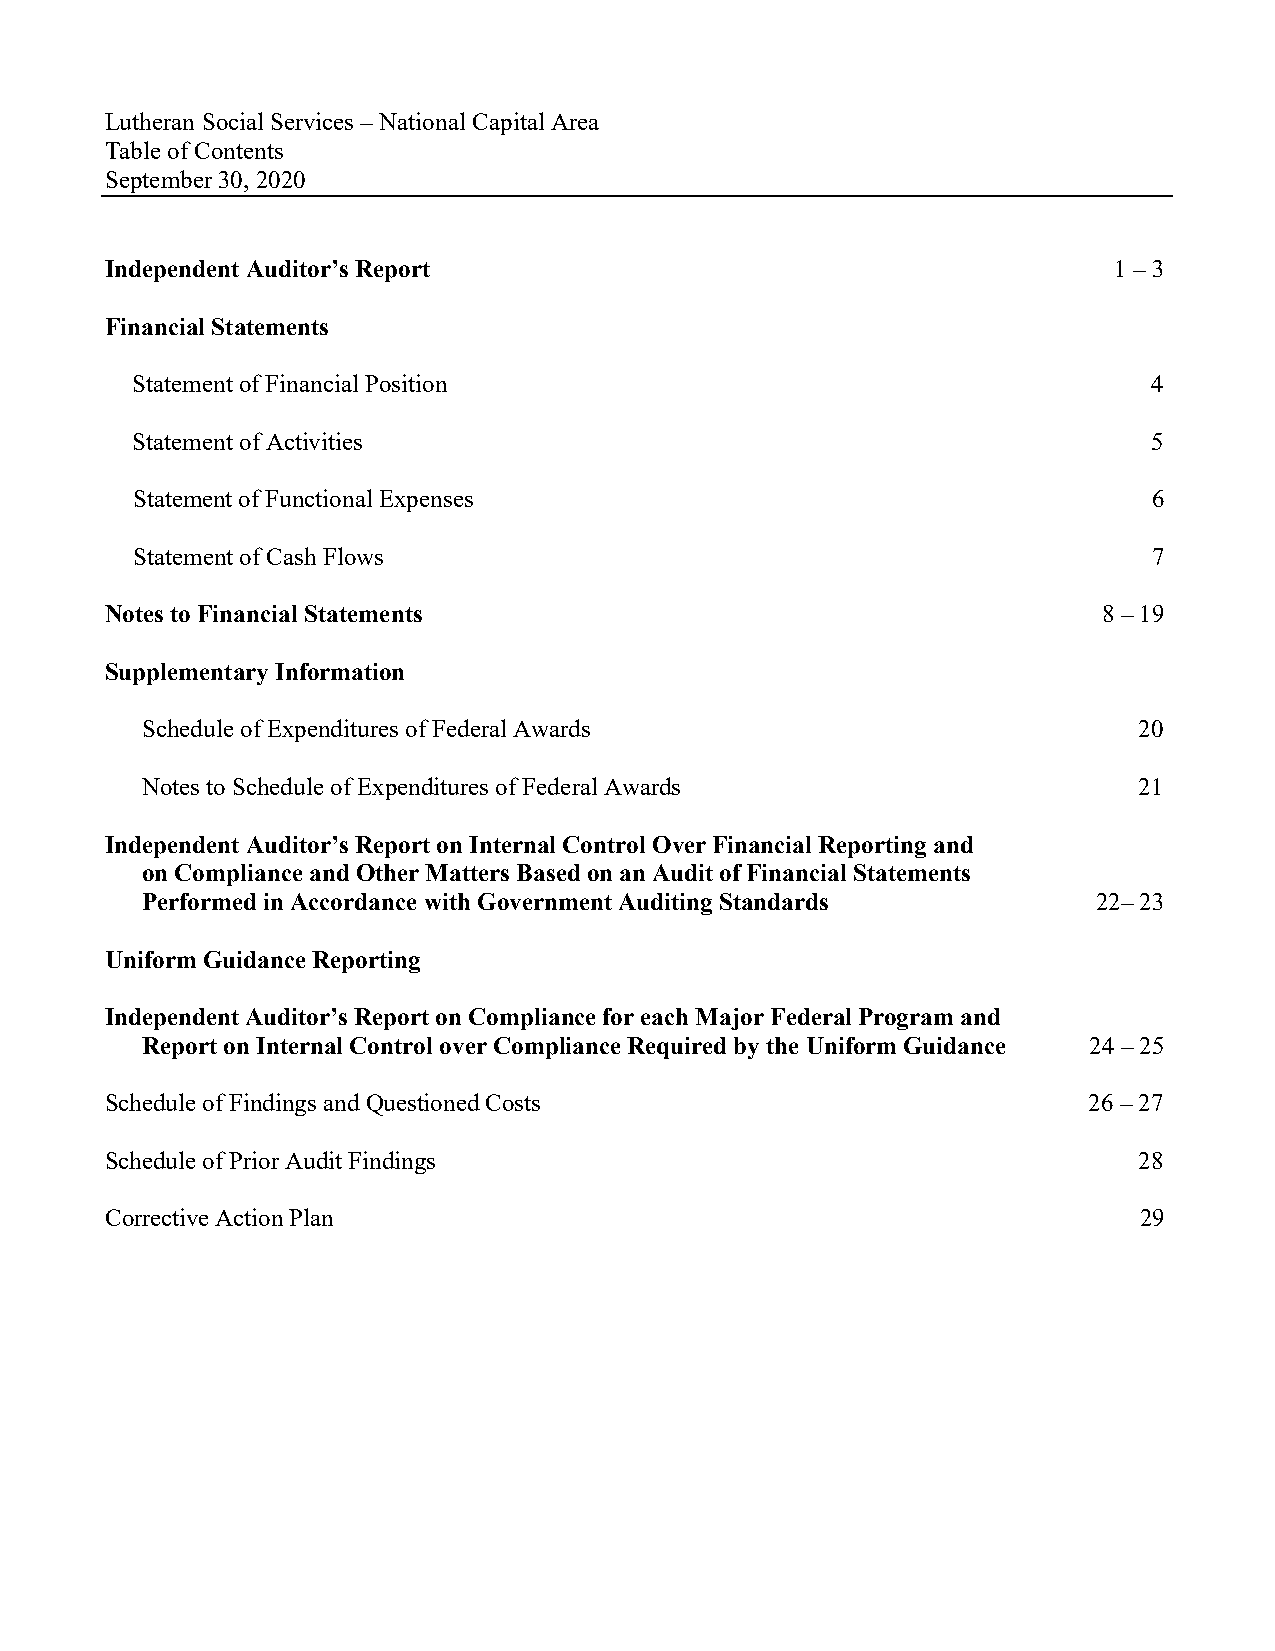
Lutheran Social Services – National Capital Area
 Table of Contents
 September 30, 2020
 Independent Auditor’s Report                                       1 – 3
 Financial Statements
 Statement of Financial Position                                    4
 Statement of Activities                                            5
 Statement of Functional Expenses                                   6
 Statement of Cash Flows                                            7
 Notes to Financial Statements                                     8 – 19
 Supplementary Information
 Schedule of Expenditures of Federal Awards                        20
 Notes to Schedule of Expenditures of Federal Awards               21
 Independent Auditor’s Report on Internal Control Over Financial Reporting and
 on Compliance and Other Matters Based on an Audit of Financial Statements
 Performed in Accordance with Government Auditing Standards      22– 23
 Uniform Guidance Reporting
 Independent Auditor’s Report on Compliance for each Major Federal Program and
 Report on Internal Control over Compliance Required by the Uniform Guidance 24 – 25
 Schedule of Findings and Questioned Costs                        26 – 27
 Schedule of Prior Audit Findings                                    28
 Corrective Action Plan                                              29